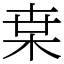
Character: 枽